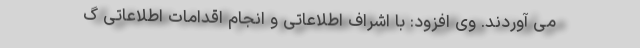
می آوردند. وی افزود: با اشراف اطلاعاتی و انجام اقدامات اطلاعاتی گ